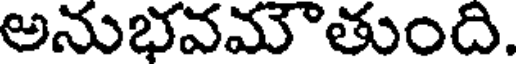
అనుభవమౌతుంది.